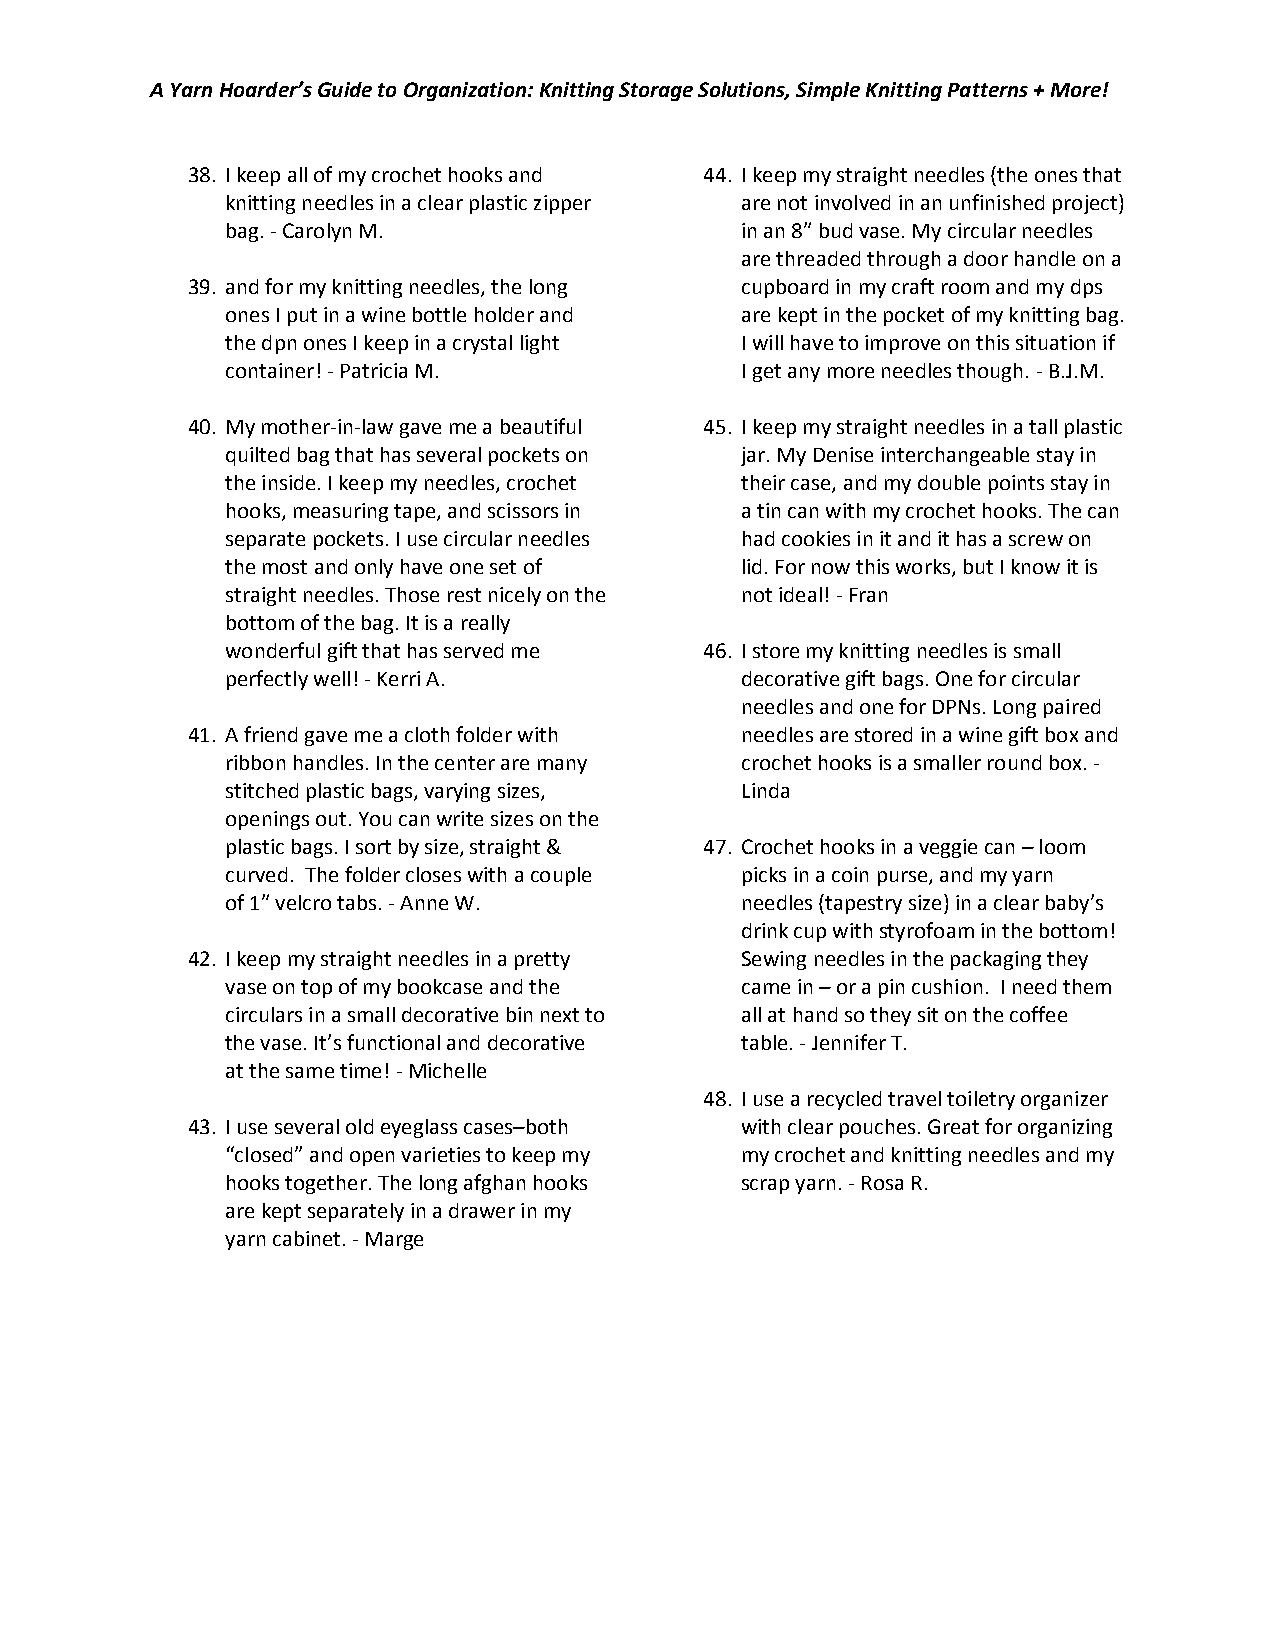
A Yarn Hoarder’s Guide to Organization: Knitting Storage Solutions, Simple Knitting Patterns + More!
 38. I keep all of my crochet hooks and 44. I keep my straight needles (the ones that
 knitting needles in a clear plastic zipper are not involved in an unfinished project)
 bag. - Carolyn M.                 in an 8″ bud vase. My circular needles
 are threaded through a door handle on a
 39. and for my knitting needles, the long cupboard in my craft room and my dps
 ones I put in a wine bottle holder and are kept in the pocket of my knitting bag.
 the dpn ones I keep in a crystal light I will have to improve on this situation if
 container! - Patricia M.          I get any more needles though. - B.J.M.
 40. My mother-in-law gave me a beautiful 45. I keep my straight needles in a tall plastic
 quilted bag that has several pockets on jar. My Denise interchangeable stay in
 the inside. I keep my needles, crochet their case, and my double points stay in
 hooks, measuring tape, and scissors in a tin can with my crochet hooks. The can
 separate pockets. I use circular needles had cookies in it and it has a screw on
 the most and only have one set of lid. For now this works, but I know it is
 straight needles. Those rest nicely on the not ideal! - Fran
 bottom of the bag. It is a really
 wonderful gift that has served me 46. I store my knitting needles is small
 perfectly well! - Kerri A.        decorative gift bags. One for circular
 needles and one for DPNs. Long paired
 41. A friend gave me a cloth folder with needles are stored in a wine gift box and
 ribbon handles. In the center are many crochet hooks is a smaller round box. -
 stitched plastic bags, varying sizes, Linda
 openings out. You can write sizes on the
 plastic bags. I sort by size, straight & 47. Crochet hooks in a veggie can – loom
 curved. The folder closes with a couple picks in a coin purse, and my yarn
 of 1″ velcro tabs. - Anne W.      needles (tapestry size) in a clear baby’s
 drink cup with styrofoam in the bottom!
 42. I keep my straight needles in a pretty Sewing needles in the packaging they
 vase on top of my bookcase and the came in – or a pin cushion. I need them
 circulars in a small decorative bin next to all at hand so they sit on the coffee
 the vase. It’s functional and decorative table. - Jennifer T.
 at the same time! - Michelle
 48. I use a recycled travel toiletry organizer
 43. I use several old eyeglass cases–both with clear pouches. Great for organizing
 “closed” and open varieties to keep my my crochet and knitting needles and my
 hooks together. The long afghan hooks scrap yarn. - Rosa R.
 are kept separately in a drawer in my
 yarn cabinet. - Marge